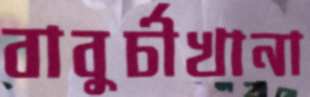
বাবুর্চীখানা